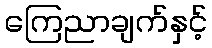
ကြေညာချက်နှင့်